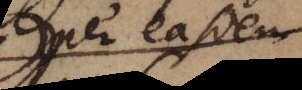
per easdem